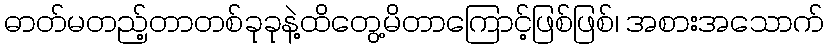
ဓာတ်မတည့်တာတစ်ခုခုနဲ့ထိတွေ့မိတာကြောင့်ဖြစ်ဖြစ်၊ အစားအသောက်